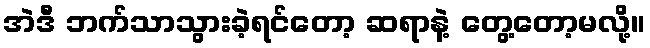
အဲဒီ ဘက်သာသွားခဲ့ရင်တော့ ဆရာနဲ့ တွေ့တော့မလို့။